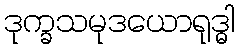
ဒုက္ခသမုဒယောရုဒ္ဓါ